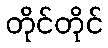
တိုင်တိုင်